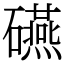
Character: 𥗕